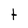
Character: t